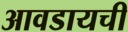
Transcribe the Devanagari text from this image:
आवडायची